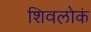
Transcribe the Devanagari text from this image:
शिवलोकं